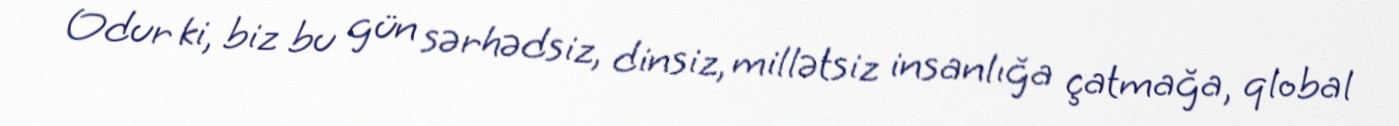
Odur ki, biz bu gün sərhədsiz, dinsiz, millətsiz insanlığa çatmağa, qlobal